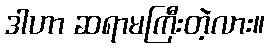
ဒါဟာ ဆရာမကြီးတဲ့လား။